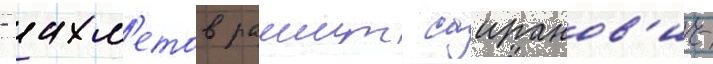
- ахм'етов рашит саиранов'ич-